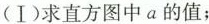
(Ⅰ)求直方图中a的值；